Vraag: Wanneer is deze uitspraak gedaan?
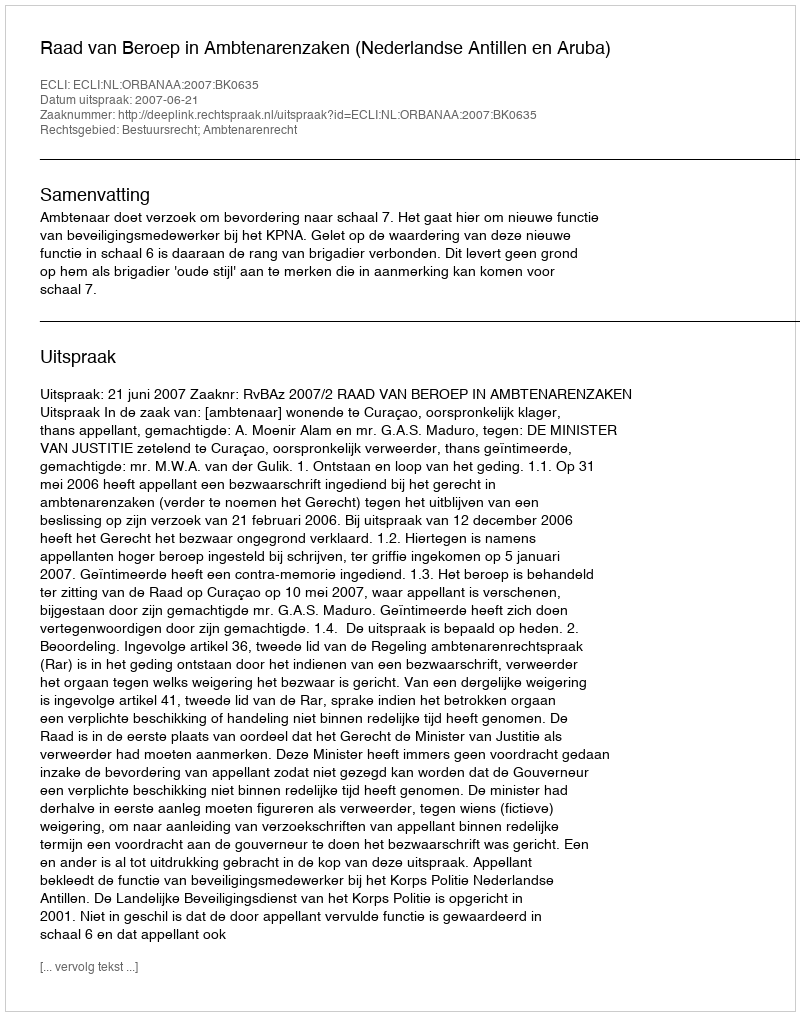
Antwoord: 2007-06-21